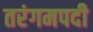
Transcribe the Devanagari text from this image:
तरंगमपदी